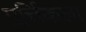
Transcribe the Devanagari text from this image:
मुर्त्तिकला